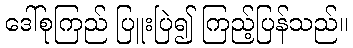
ဒေါ်စုကြည် ပြူးပြဲ၍ ကြည့်ပြန်သည်။